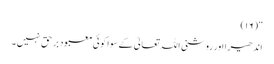
“ (١٦)
اندھیرا اور روشنی اللہ تعالیٰ کے سوا کوئی معبود بر حق نہیں ۔